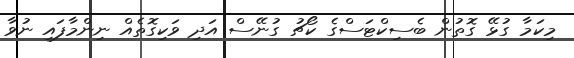
މިކަމާ ގުޅޭ ގޮތުން ބެސިކްޓަސްގެ ކޯޗު ގުނޭސް އަދި ވަކިގޮތެއް ނިންމާފައި ނުވާ